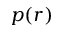
p ( r )